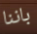
باننا